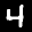
Label: 4